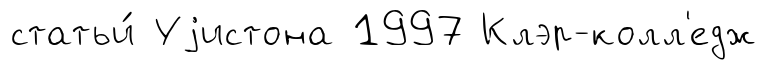
статьи́ Уjистона 1997 Клэр-колл'едж